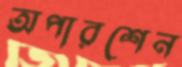
অপারশেন